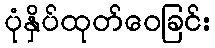
ပုံနှိပ်ထုတ်ဝေခြင်း